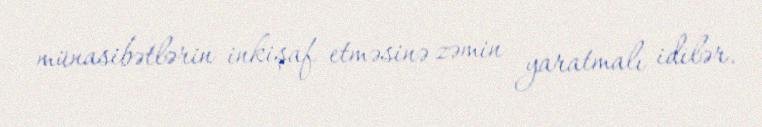
münasibətlərin inkişaf etməsinə zəmin yaratmalı idilər.